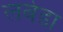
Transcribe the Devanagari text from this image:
लबेडा